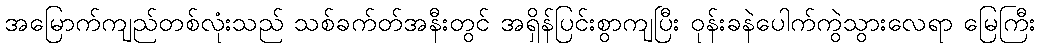
အမြောက်ကျည်တစ်လုံးသည် သစ်ခက်တ်အနီးတွင် အရှိန်ပြင်းစွာကျပြီး ဝုန်းခနဲပေါက်ကွဲသွားလေရာ မြေကြီး